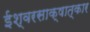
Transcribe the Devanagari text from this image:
ईश्वरसाक्षात्कार